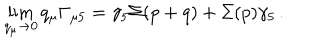
LaTeX: \lim _ { q _ { \mu } \rightarrow 0 } q _ { \mu } \Gamma _ { \mu 5 } = \gamma _ { 5 } \Sigma ( p + q ) + \Sigma ( p ) \gamma _ { 5 } \, .